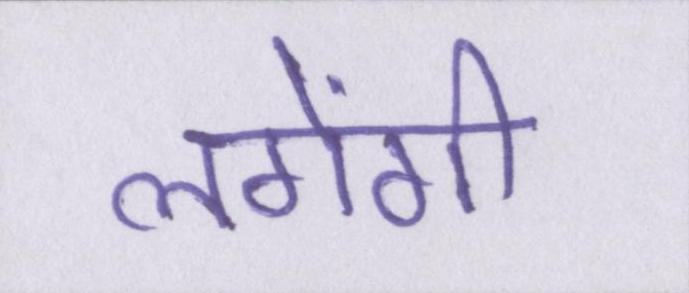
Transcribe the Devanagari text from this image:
लगेंगी